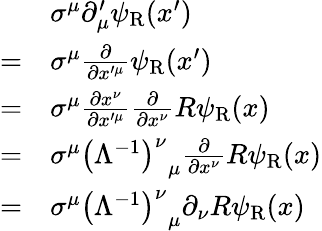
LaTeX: {\begin{array}{rl}&{\sigma^{\mu}\partial_{\mu}^{\prime}\psi_{\mathrm{{R}}}(x^{\prime})}\\ {=}&{\sigma^{\mu}{\frac{\partial}{\partial x^{\prime\mu}}}\psi_{\mathrm{{R}}}(x^{\prime})}\\ {=}&{\sigma^{\mu}{\frac{\partial x^{\nu}}{\partial x^{\prime\mu}}}{\frac{\partial}{\partial x^{\nu}}}R\psi_{\mathrm{{R}}}(x)}\\ {=}&{\sigma^{\mu}{\left(\Lambda^{-1}\right)^{\nu}}_{\mu}{\frac{\partial}{\partial x^{\nu}}}R\psi_{\mathrm{{R}}}(x)}\\ {=}&{\sigma^{\mu}{\left(\Lambda^{-1}\right)^{\nu}}_{\mu}\partial_{\nu}R\psi_{\mathrm{{R}}}(x)}\end{array}}